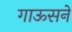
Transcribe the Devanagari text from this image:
गाऊसने